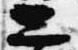
二